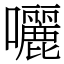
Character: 囇